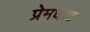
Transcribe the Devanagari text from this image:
प्रेमघाट